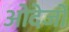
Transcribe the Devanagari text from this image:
ओदेर्जो